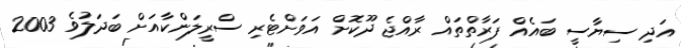
އަދި ސިޔާސީ ބައެއް ފަރާތްތައް ރާއްޖެ ދޫކޮށް އަވަށްޓެރި ސްރީލަންކާއަށް ބަދަލުވެ 2003